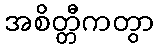
အစိတ္တီကတွာ